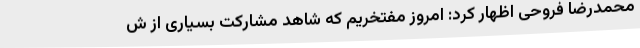
محمدرضا فروحی اظهار کرد: امروز مفتخریم که شاهد مشارکت بسیاری از ش